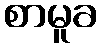
စာမူခ